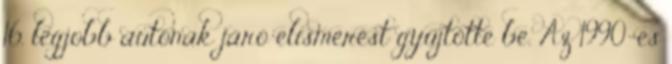
16. legjobb autónak járó elismerést gyűjtötte be. Az 1990-es